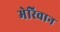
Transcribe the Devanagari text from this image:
मेरिवान